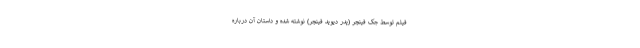
فیلم توسط جک فینچر (پدر دیوید فینچر) نوشته شده و داستان آن دربارهٔ